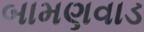
બામણવાડ